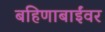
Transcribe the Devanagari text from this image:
बहिणाबाईंवर